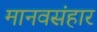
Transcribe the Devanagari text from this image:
मानवसंहार